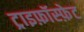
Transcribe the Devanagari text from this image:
ट्राइफ़ॉस्फ़ेट